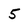
Character: 5